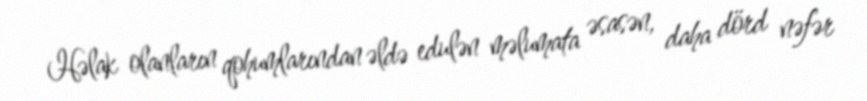
Həlak olanların qohumlarından əldə edulən məlumata əsasən, daha dörd nəfər